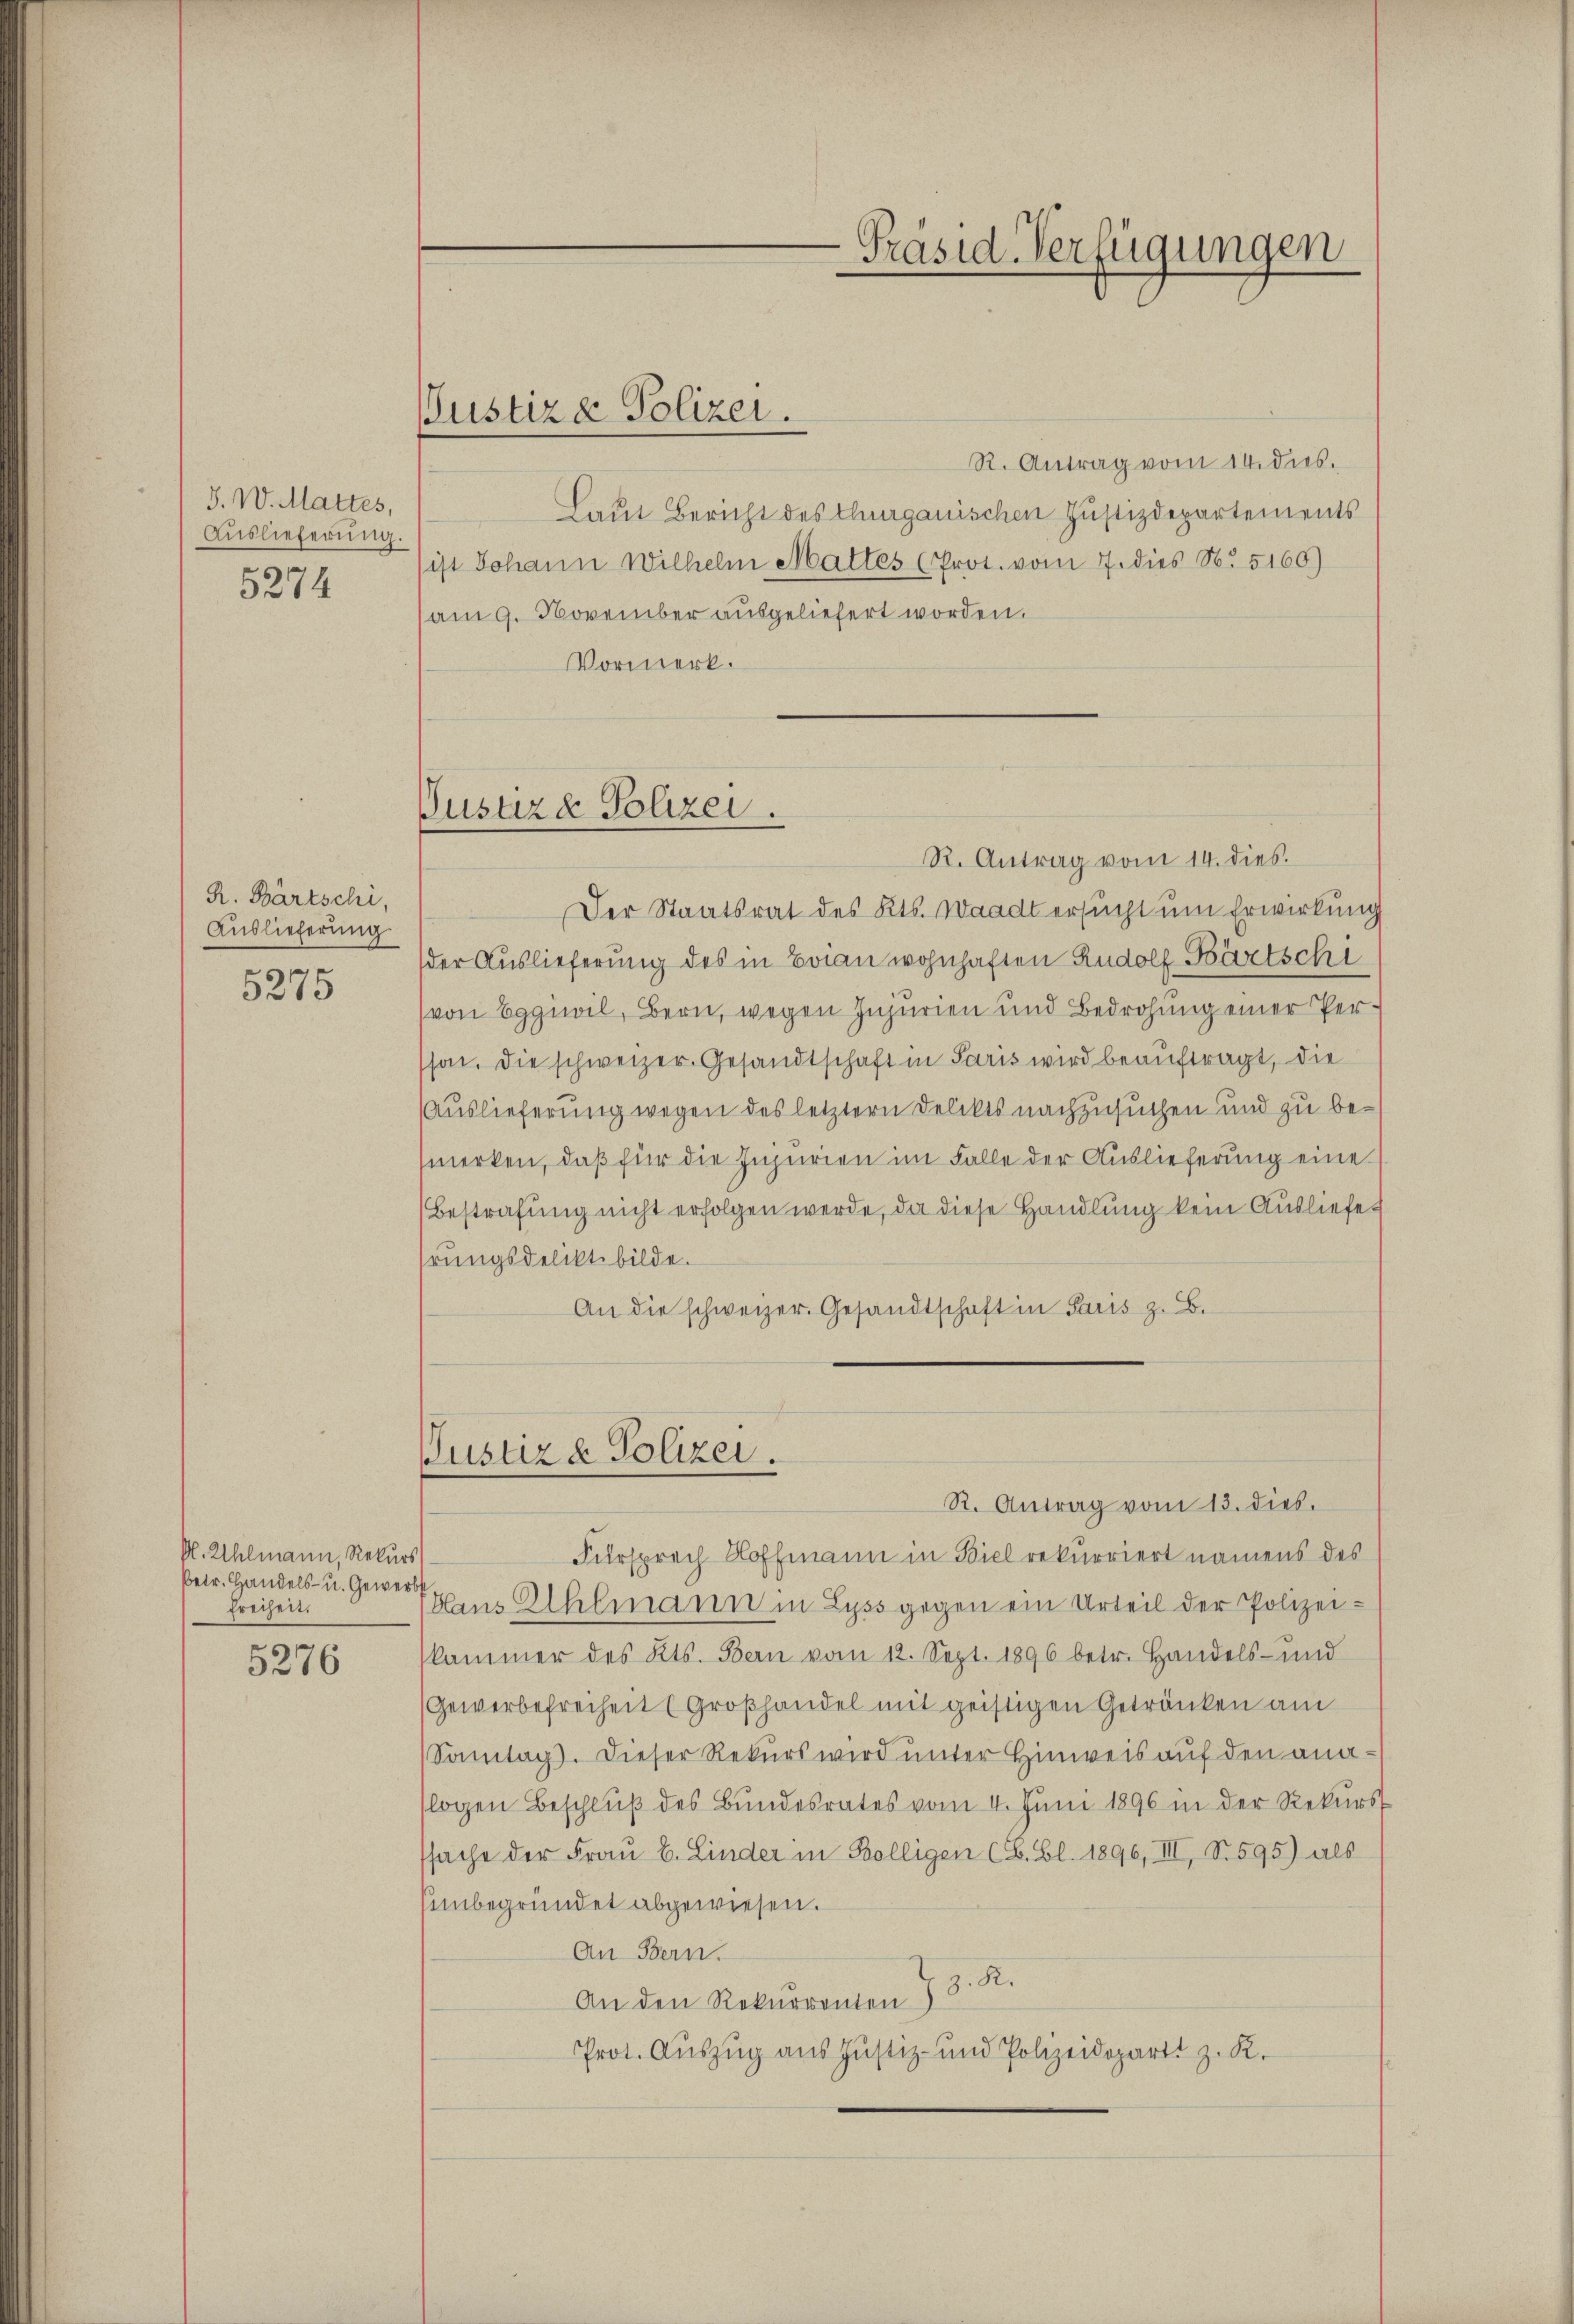
J. W. Mattes,
Auslieferung.
5274

R. Bärtschi,
Auslieferung
5275

M. Ahlmann, Rekurs
betr. Handels- u. Gewerbs
Freiheit.

5276

Justiz & Polizei.

R. Antrag vom 14. dies.
Laut Bericht des Thurgauischen Justizdepartements
sist Johann Wilhelm Mattes (Prot. vom 7. dies No. 5160)
am 9. November ausgeliefert worden.
Vormerk.

Pusaze Polizei.

Justiz & Polizei.

Präsid. Verfügungen

R. Antrag vom 14. dies
Der Staatsrat des Kts. Waadt ersucht um Erwirkung
der Auslieferung des in Baran wohnhaften Rudolf Bärtschi
von Egguil, Bern, wegen Injurien und Bedrohung einer Person, die schweizer. Gesandtschaft in Paris wird beauftragt, die
Auslieferung wegen des letztern Delikts nachzusuchen und zu bemerken, daß für die Injurien im Falle der Auslieferung eine
Bestrafung nicht erfolgen werde, da diese Handlung kein Ausliefe
hrungsdelikt bilde.
An die schweizer. Gesandtschaft in Paris z. B.

R. Antrag vom 13. dies.
Fürsprech Hoffmann in Biel rekurriert namens des
(Hans Elhlmann in Lyss gegen ein Urteil der Polizeikammer des Kts. Bern vom 12. Sept. 1896 betr. Handels- und
(Gewerbefreiheit (Groβhandel mit geistigen Getränken am
Samtag). Dieser Rekŭrs wird ŭnter Hinweis aŭf den analogen Beschluß des Bundesrates vom 4. Juni 1896 in der Rekurs
ssache der Frau E. Linder in Bölligen (S. Bl. 1896, III, S. 595) als
Einbegründet abgewiesen.
An Bern.
An den Rekurrenten § 8. R.
Prot. Auszug aus Justiz- und Polizeidepart z. R.